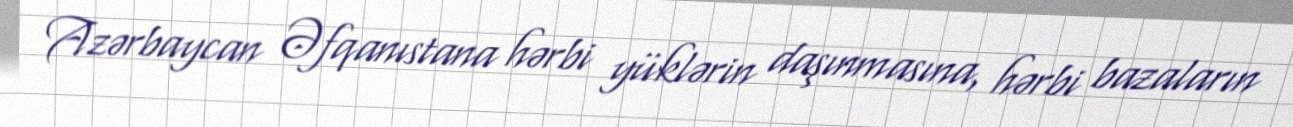
Azərbaycan Əfqanıstana hərbi yüklərin daşınmasına, hərbi bazaların